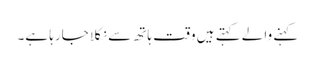
کہنے والے کہتے ہیں وقت ہاتھ سے نکلا جارہا ہے۔